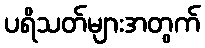
ပရိသတ်များအတွက်